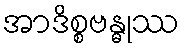
အာဒိစ္စဗန္ဓုဿ